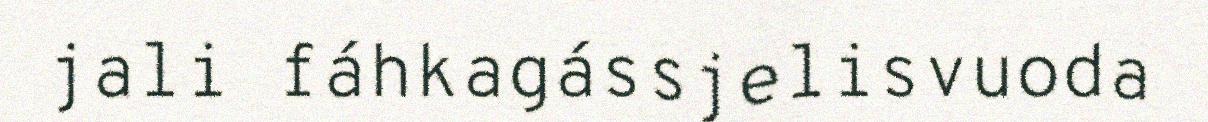
jali fáhkagássjelisvuoda